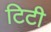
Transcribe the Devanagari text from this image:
टिटी